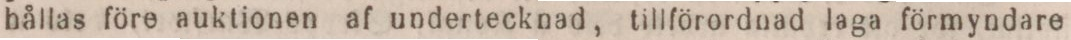
hållas före auktionen af undertecknad, tillförordnad laga förmyndare